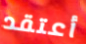
أعتقد